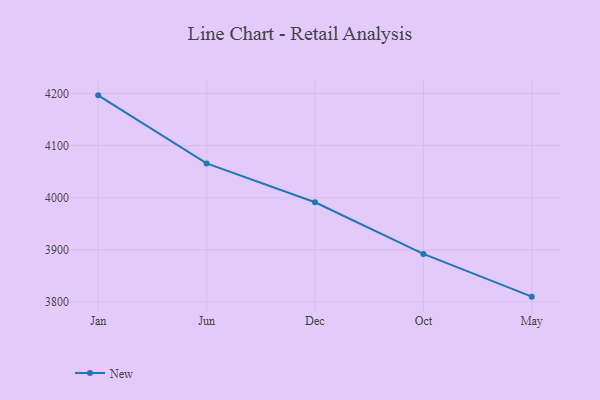
{"axis": {"x": "Month", "y": "Customer Acquisition Cost (USD)"}, "legend": ["New"], "data": [{"x": "Jan", "y": 4196.3, "type": "New"}, {"x": "Jun", "y": 4065.6, "type": "New"}, {"x": "Dec", "y": 3991.1, "type": "New"}, {"x": "Oct", "y": 3891.9, "type": "New"}, {"x": "May", "y": 3809.9, "type": "New"}]}